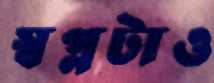
স্বপ্নটাও